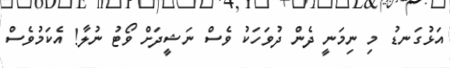
އަޅުގަނޑު މި ނިމަނީ ދެން ދުވަހަކު ވެސް ނަޝީދަށް ވޯޓު ނުލާ! އެކަމުވެސް